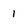
Character: 1